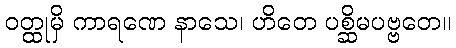
ဝတ္ထုမှိ ကာရဏေ နာသေ၊ ဟိတေ ပစ္ဆိမပဗ္ဗတေ။